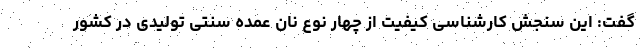
گفت: این سنجش کارشناسی کیفیت از چهار نوع نان عمده سنتی تولیدی در کشور